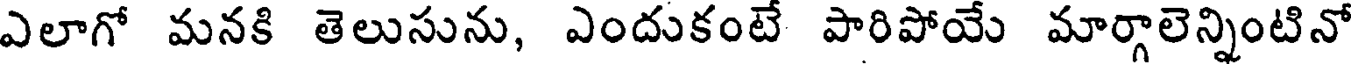
ఎలాగో మనకి తెలుసును, ఎందుకంటే పారిపోయే మార్గాలెన్నింటినో